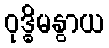
ဝုဒ္ဓိမနွာယ